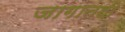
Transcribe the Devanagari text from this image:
जागातही